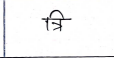
मजकूर: त्रि